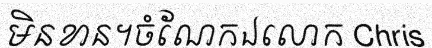
មិនខាន។ចំណែកឯលោក Chris